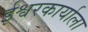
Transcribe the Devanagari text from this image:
ईश्वरकार्याला